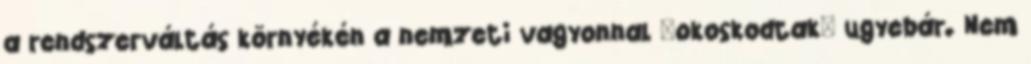
a rendszerváltás környékén a nemzeti vagyonnal "okoskodtak" ugyebár. Nem